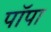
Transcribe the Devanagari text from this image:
पॉपा